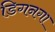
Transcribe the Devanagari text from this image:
डिगनगा